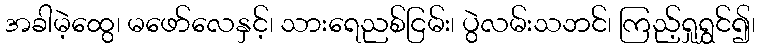
အခါမဲ့ထွေ၊ မဖော်လေနှင့်၊ သားရေညစ်ငြမ်း၊ ပွဲလမ်းသဘင်၊ ကြည့်ရှုရွှင်၍၊